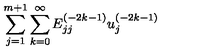
{ \sum _ { j = 1 } ^ { m + 1 } \sum _ { k = 0 } ^ { \infty } E _ { j j } ^ { ( - 2 k - 1 ) } u _ { j } ^ { ( - 2 k - 1 ) } }